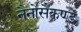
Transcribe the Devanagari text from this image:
नैनोसैकण्ड